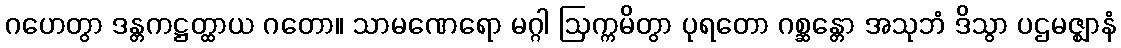
ဂဟေတွာ ဒန္တကဋ္ဌတ္ထာယ ဂတော။ သာမဏေရော မဂ္ဂါ ဩက္ကမိတွာ ပုရတော ဂစ္ဆန္တော အသုဘံ ဒိသွာ ပဌမဇ္ဈာနံ